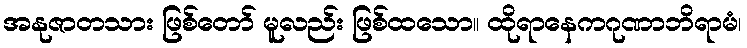
အနုဇာတသား ဖြစ်တော် မူလည်း ဖြစ်ထသော။ ထိုရာနေကဂုဏာဘိရာမံ၊